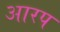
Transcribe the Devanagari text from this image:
आरप